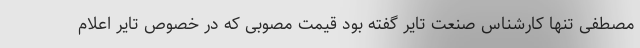
مصطفی تنها کارشناس صنعت تایر گفته بود قیمت مصوبی که در خصوص تایر اعلام